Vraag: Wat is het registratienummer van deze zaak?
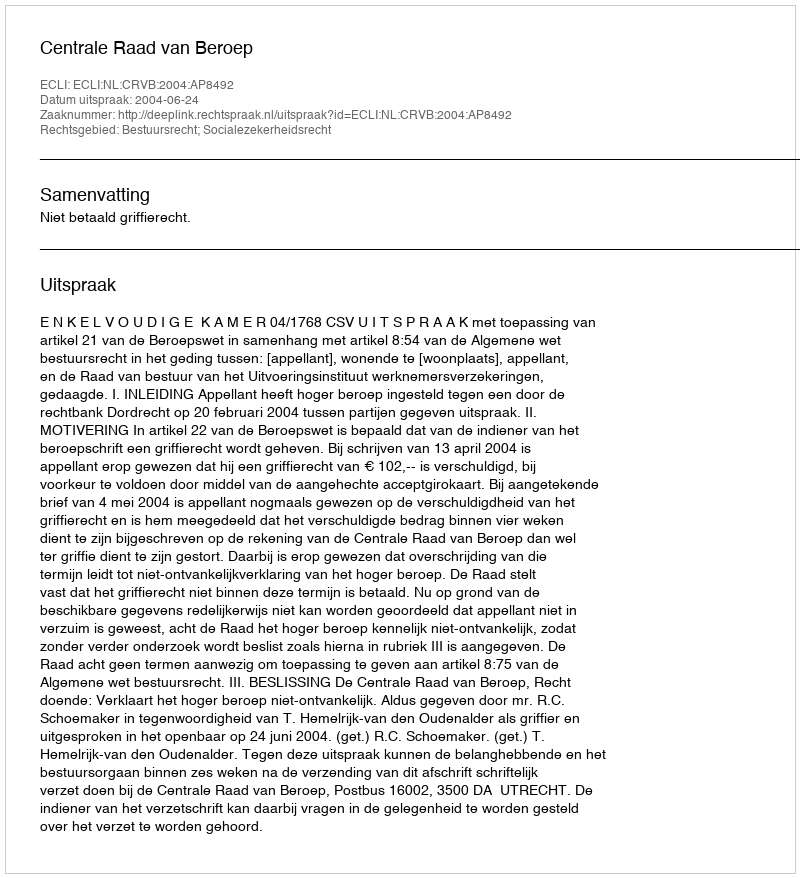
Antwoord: http://deeplink.rechtspraak.nl/uitspraak?id=ECLI:NL:CRVB:2004:AP8492